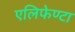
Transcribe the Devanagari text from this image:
एलिफेण्टा